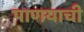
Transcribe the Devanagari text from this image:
पाणयाची